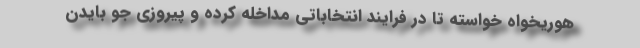
هوریخواه خواسته تا در فرایند انتخاباتی مداخله کرده و پیروزی جو بایدن